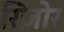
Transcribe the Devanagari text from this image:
रिज़ोर